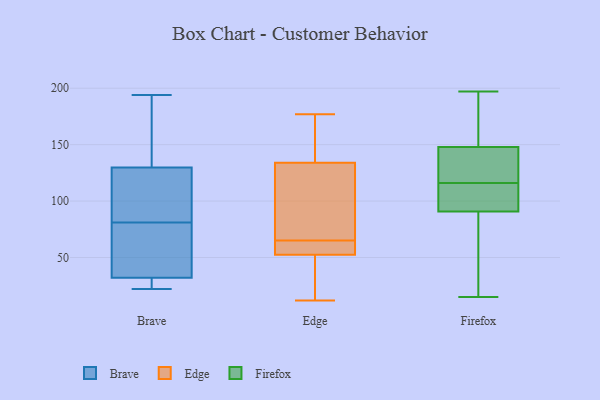
{"axis": {"x": "Latency (ms)", "y": "Value"}, "legend": ["Brave", "Edge", "Firefox"], "data": [{"x": "", "y": 33, "type": "Brave"}, {"x": "", "y": 72, "type": "Brave"}, {"x": "", "y": 159, "type": "Brave"}, {"x": "", "y": 194, "type": "Brave"}, {"x": "", "y": 120, "type": "Brave"}, {"x": "", "y": 91, "type": "Brave"}, {"x": "", "y": 22, "type": "Brave"}, {"x": "", "y": 164, "type": "Brave"}, {"x": "", "y": 27, "type": "Brave"}, {"x": "", "y": 90, "type": "Brave"}, {"x": "", "y": 29, "type": "Brave"}, {"x": "", "y": 66, "type": "Brave"}, {"x": "", "y": 81, "type": "Brave"}, {"x": "", "y": 125, "type": "Edge"}, {"x": "", "y": 50, "type": "Edge"}, {"x": "", "y": 61, "type": "Edge"}, {"x": "", "y": 55, "type": "Edge"}, {"x": "", "y": 69, "type": "Edge"}, {"x": "", "y": 12, "type": "Edge"}, {"x": "", "y": 22, "type": "Edge"}, {"x": "", "y": 82, "type": "Edge"}, {"x": "", "y": 57, "type": "Edge"}, {"x": "", "y": 177, "type": "Edge"}, {"x": "", "y": 143, "type": "Edge"}, {"x": "", "y": 159, "type": "Edge"}, {"x": "", "y": 15, "type": "Firefox"}, {"x": "", "y": 110, "type": "Firefox"}, {"x": "", "y": 84, "type": "Firefox"}, {"x": "", "y": 116, "type": "Firefox"}, {"x": "", "y": 178, "type": "Firefox"}, {"x": "", "y": 93, "type": "Firefox"}, {"x": "", "y": 115, "type": "Firefox"}, {"x": "", "y": 25, "type": "Firefox"}, {"x": "", "y": 132, "type": "Firefox"}, {"x": "", "y": 132, "type": "Firefox"}, {"x": "", "y": 182, "type": "Firefox"}, {"x": "", "y": 117, "type": "Firefox"}, {"x": "", "y": 138, "type": "Firefox"}, {"x": "", "y": 96, "type": "Firefox"}, {"x": "", "y": 15, "type": "Firefox"}, {"x": "", "y": 182, "type": "Firefox"}, {"x": "", "y": 197, "type": "Firefox"}]}